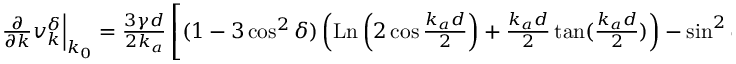
\begin{array} { r } { \frac { \partial } { \partial k } v _ { k } ^ { \delta } \Bigr | _ { k _ { 0 } } = \frac { 3 \gamma d } { 2 k _ { a } } \left[ ( 1 - 3 \cos ^ { 2 } \delta ) \left( \operatorname { L n } \left( 2 \cos \frac { k _ { a } d } { 2 } \right) + \frac { k _ { a } d } { 2 } \tan ( \frac { k _ { a } d } { 2 } ) \right) - \sin ^ { 2 } \delta \left( \frac { k _ { a } d } { 2 } \right) ^ { 2 } \frac { 1 } { \cos ^ { 2 } ( \frac { k _ { a } d } { 2 } ) } \right] \, . } \end{array}